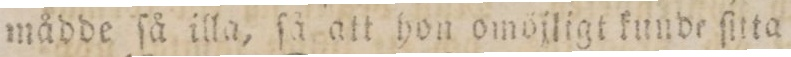
mådde ſå illa, ſå att hon omöjligt kunde ſitta